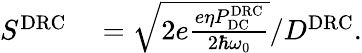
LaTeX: \begin{array}{rl}{S^{\mathrm{DRC}}}&{{}=\sqrt{2e\frac{e\eta P_{\mathrm{DC}}^{\mathrm{DRC}}}{2\hbar\omega_{0}}}/D^{\mathrm{DRC}}.}\end{array}